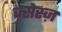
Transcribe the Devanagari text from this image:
ज़्सेस्ज़